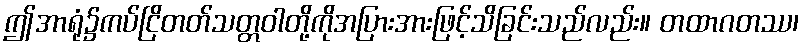
ဤအာရုံ၌ကပ်ငြိတတ်သတ္တဝါတို့ကိုအပြားအားဖြင့်သိခြင်းသည်လည်း။ တထာဂတဿ၊